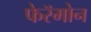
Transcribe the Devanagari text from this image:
फेरॅमोन